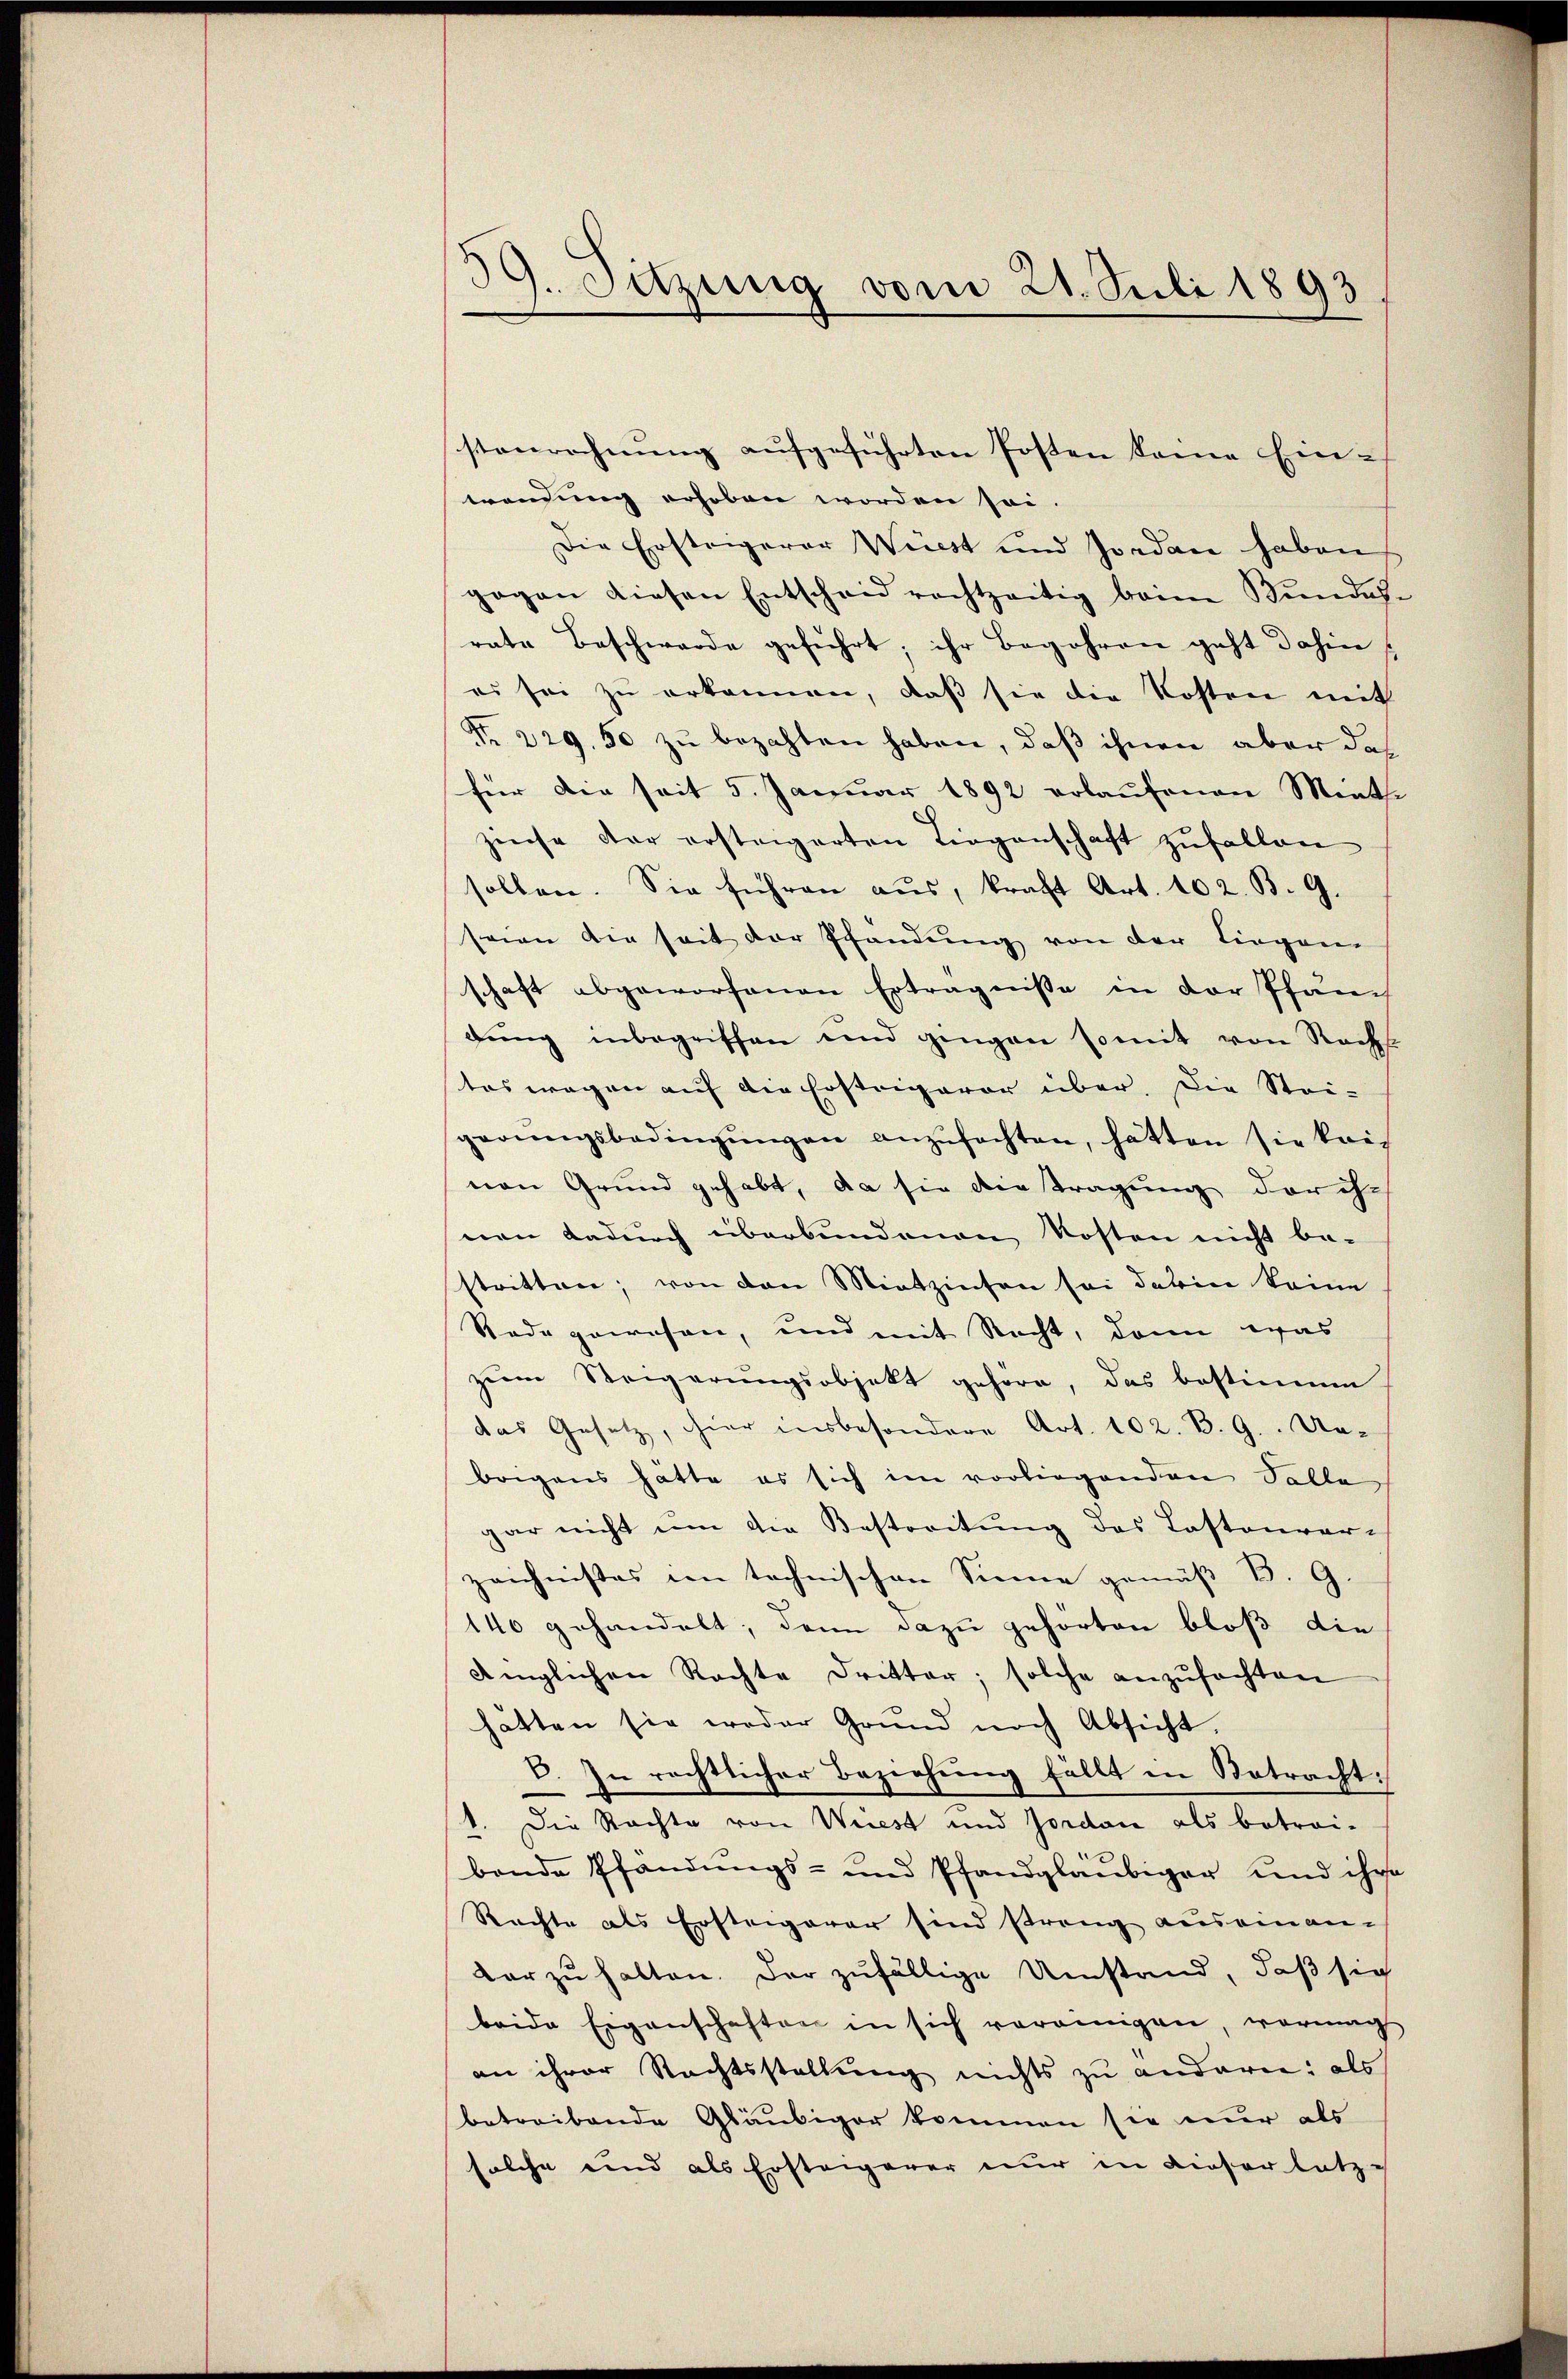
stenrechnung aufgeführten Posten kame Ein-
trendung erhoben worden sei
Die Ersteigerer Weisst und Jordan haben
gegen diesen Entscheid rechtzeitig beim Bundes-
rate Beschwerde geführt; ihr Begehren geht dahin
es sei zu erkennen, daß sie die Kosten mit
Nr. 229. 50 zu bezahlen haben, daß ihnen aber das
für die seit 5. Januar 1892 erlaufenen Menthe
zinse der ersteigerten Liegenschaft zufallen.
sollen. Sie führen aŭs, kraft Art. 102. B. G.
seien die seit der Pfandung von der Liegen
schaft abgeworfenen Erträgnisse in der Pfandŭng inbegriffen und gingen somit von Rachs
tas wegen auf die Ersteigerer über. Die Stei-
gerŭngsbedingŭngen anzŭfachten, hätten sie kai-
nen Grund gehabt, da sie die tragung der ih-
nen dadurch überbundenen Kosten nicht be-
stritten; von den Mietzinsen sei dahin keine
Rede gewesen, und mit Nacht, dann was
zŭm Steigerŭngsobjekt gehöre, das bestimme
das Gesetz, hier insbesondere Art. 102. B. 9. Ue-
brigens hatte es sich im vorliegenden Solle
gar nicht um die Bestreitung des Lastenver-
zeichnisses in technischen Sinne gemäß B. G
140 gehandelt; dann dazu gehörten bloß die
dinglichen Rechte Dritter; solche anzŭfachten
hätten sie weder Grund noch Absicht,
V. In rechtlicher Beziehung fällt in Betracht.
1. Die Rechte von Wiest und Jordan als betrei-
bende Pfandungs- und Pfandgläubiger und ihre
Rechte als Ersteigerer sind streng auseinan
vorzuhalten. Der zufällige Umstand, daß sich
beide Eigenschaften in sich vereinigen, vorig
an ihrer Rechtsstellung nichts zu anderen: als
betreibende Gläubiger kommen sie nur als
solche und als Ersteigerer nur in dieser letz-

39. Sitzung vom 21. Juli 1893